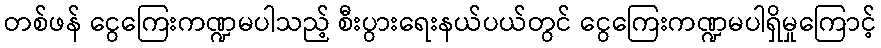
တစ်ဖန် ငွေကြေးကဏ္ဍမပါသည့် စီးပွားရေးနယ်ပယ်တွင် ငွေကြေးကဏ္ဍမပါရှိမှုကြောင့်